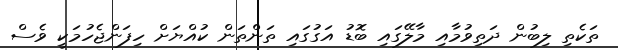
ތަކެތި ލިބުން ދަތިވުމާއި މާލޭގައި ބޮޑު އަގުގައި ތަންތަން ކުއްޔަށް ހިފަންޖެހުމަކީ ވެސް